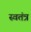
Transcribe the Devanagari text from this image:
स्वतंत्र